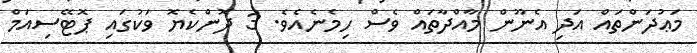
މަޢުދަންތައް އަދި އެނޫން މާއްދާތައް ވެސް ހިމެނެއެވެ. 3 ދޮންކެޔޮ ވަކުގައި ޕޮޓޭސިއަމް